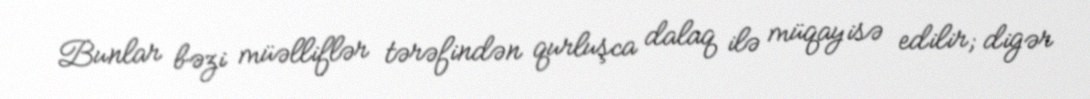
Bunlar bəzi müəlliflər tərəfindən qurluşca dalaq ilə müqayisə edilir; digər